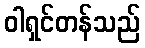
ဝါရှင်တန်သည်